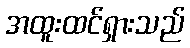
အထူးထင်ရှားသည်